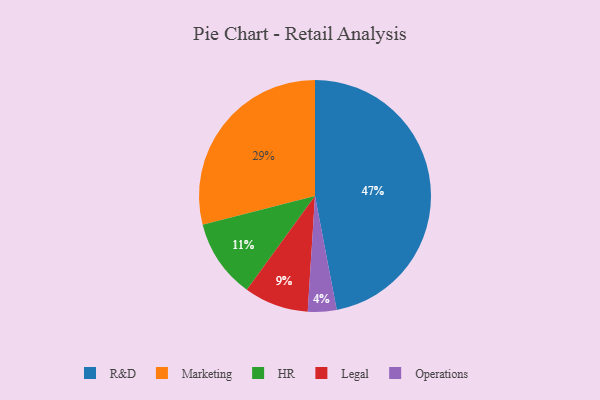
{"axis": {"x": "Category", "y": "Percentage"}, "legend": ["HR", "Legal", "Marketing", "Operations", "R&D"], "data": [{"x": "Marketing", "y": 29, "type": "Marketing"}, {"x": "Operations", "y": 4, "type": "Operations"}, {"x": "R&D", "y": 47, "type": "R&D"}, {"x": "HR", "y": 11, "type": "HR"}, {"x": "Legal", "y": 9, "type": "Legal"}]}